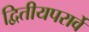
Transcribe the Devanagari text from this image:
द्वितीयपरार्वे